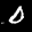
Label: 0